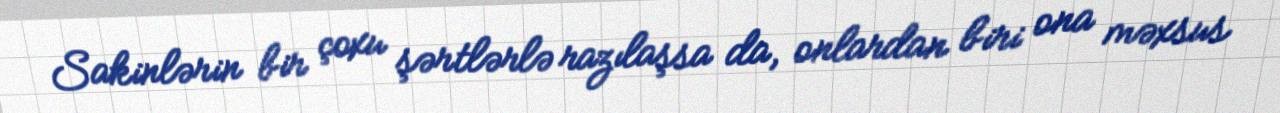
Sakinlərin bir çoxu şərtlərlə razılaşsa da, onlardan biri ona məxsus